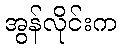
အွန်လိုင်းက